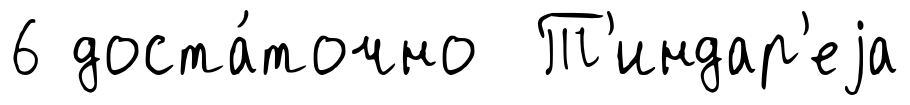
6 доста́точно Т'индар'еjа